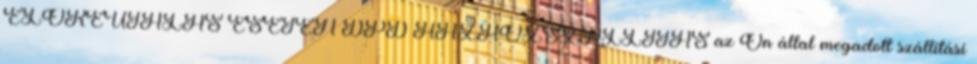
ELŐREUTALÁS ESETÉN DPD HÁZHOZSZÁLLÍTÁS az Ön által megadott szállítási